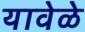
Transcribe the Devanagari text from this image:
यावेळे